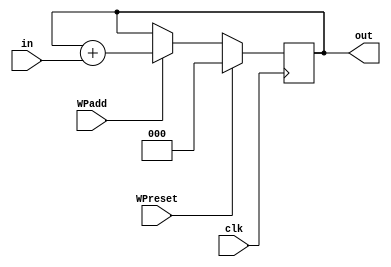
module WindowPointer (in, clk, WPreset, WPadd, out);
input [2:0] in;
input clk, WPreset, WPadd;
output [2:0] out;
reg [2:0] out;

	always @(posedge clk)
		if (WPreset == 1) out = 0;
		else if (WPadd == 1) begin
			out = out + in;
		end

endmodule